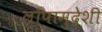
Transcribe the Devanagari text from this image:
लोपामुद्रेशी